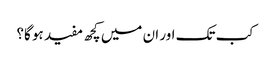
کب تک اور ان میں کچھ مفید ہو گا؟